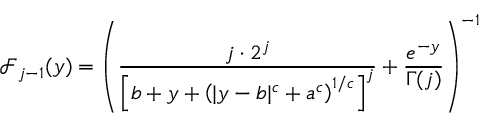
\mathcal { F } _ { j - 1 } ( y ) = \left( \frac { j \cdot 2 ^ { j } } { \left[ b + y + \left( | y - b | ^ { c } + a ^ { c } \right) ^ { 1 / c } \right] ^ { j } } + \frac { e ^ { - y } } { \Gamma ( j ) } \right) ^ { - 1 }